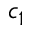
c _ { 1 }